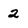
Character: 2